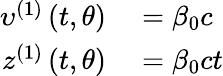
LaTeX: \begin{array}{rl}{\upsilon^{\left(1\right)}\left(t,\theta\right)}&{{}=\beta_{0}c}\\ {z^{\left(1\right)}\left(t,\theta\right)}&{{}=\beta_{0}ct}\end{array}